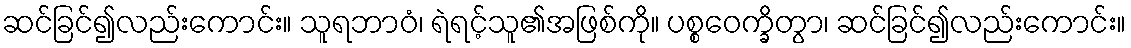
ဆင်ခြင်၍လည်းကောင်း။ သူရဘာဝံ၊ ရဲရင့်သူ၏အဖြစ်ကို။ ပစ္စဝေက္ခိတွာ၊ ဆင်ခြင်၍လည်းကောင်း။